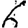
Digit: 6